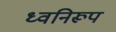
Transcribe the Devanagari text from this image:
ध्वनिरूप